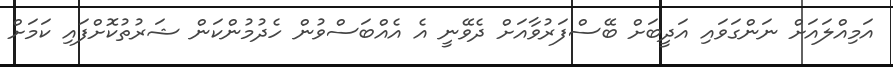
އަމިއްލައަށް ނަންގަވައި އަދީބަށް ބޭސްފަރުވާއަށް ދެވޭނީ އެ އެއްބަަސްވުން ހެދުމުންކަން ޝަރުތުކޮށްފައި ކަމަށް